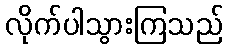
လိုက်ပါသွားကြသည်